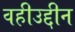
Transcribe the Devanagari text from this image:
वहीउद्दीन